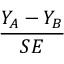
\frac { Y _ { A } - Y _ { B } } { S E }